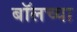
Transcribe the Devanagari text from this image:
बॉलच्या